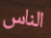
الناس